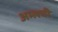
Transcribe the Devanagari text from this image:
अम्लची